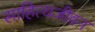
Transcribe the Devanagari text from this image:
साहित्यजीवन